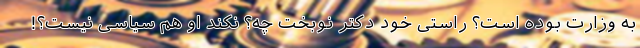
به وزارت بوده است؟ راستی خود دکتر نوبخت چه؟ نکند او هم سیاسی نیست؟!